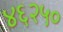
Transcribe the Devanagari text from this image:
४६२५०